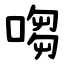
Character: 㗙